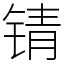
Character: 锖